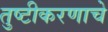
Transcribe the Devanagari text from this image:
तुष्टीकरणाचे